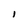
Character: l